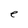
Character: e